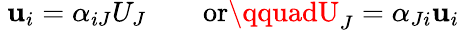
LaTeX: \ \mathbf{u}_{i}=\alpha_{iJ}U_{J}\qquad{\mathrm{{or}}}\qquadU_{J}=\alpha_{Ji}\mathbf{u}_{i}